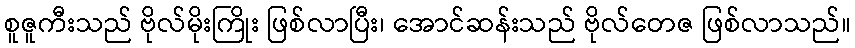
စူဇူကီးသည် ဗိုလ်မိုးကြိုး ဖြစ်လာပြီး၊ အောင်ဆန်းသည် ဗိုလ်တေဇ ဖြစ်လာသည်။